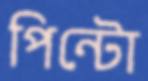
পিন্টো